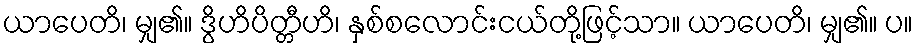
ယာပေတိ၊ မျှ၏။ ဒွိဟိပိတ္တီဟိ၊ နှစ်စလောင်းငယ်တို့ဖြင့်သာ။ ယာပေတိ၊ မျှ၏။ ပ။